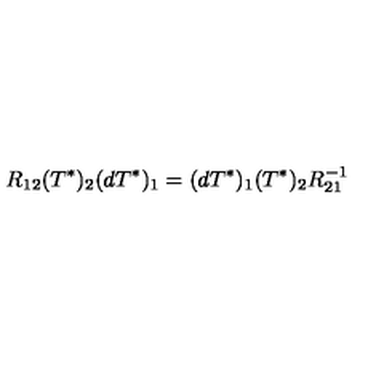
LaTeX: R _ { 1 2 } ( T ^ { * } ) _ { 2 } ( d T ^ { * } ) _ { 1 } = ( d T ^ { * } ) _ { 1 } ( T ^ { * } ) _ { 2 } R _ { 2 1 } ^ { - 1 }